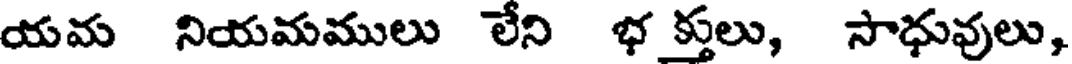
యమ నియమములు లేని భ క్తులు, సాధువులు,